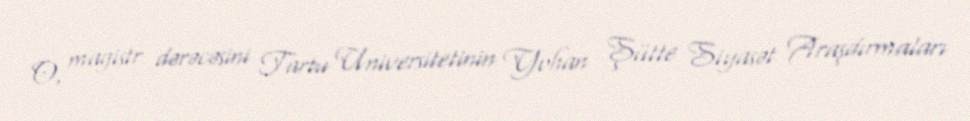
O, magistr dərəcəsini Tartu Universitetinin Yohan Şütte Siyasət Araşdırmaları